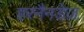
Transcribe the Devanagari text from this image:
हरनैनडेज़